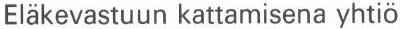
Eläkevastuun kattamisena yhtiö